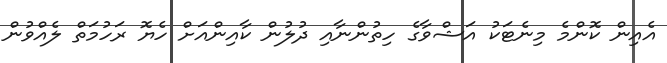
އެއިން ކޮންމެ މިނެޓަކު އަޝްވާގެ ހިތުންނާއި ދުލުން ކާއިންއަށް ހެޔޮ ރަހުމަތް ލެއްވުން